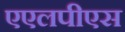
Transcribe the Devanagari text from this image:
एएलपीएस